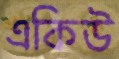
একিউ